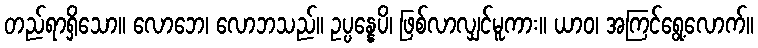
တည်ရာရှိသော။ လောဘေ၊ လောဘသည်။ ဥပ္ပန္နေပိ၊ ဖြစ်လာလျှင်မူကား။ ယာဝ၊ အကြင်ရွေ့လောက်။